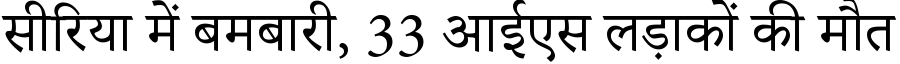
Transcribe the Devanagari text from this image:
सीरिया में बमबारी, 33 आईएस लड़ाकों की मौत